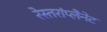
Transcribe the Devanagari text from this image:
रेस्तरांप्लैनेट